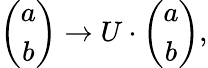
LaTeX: \left(\begin{array}{c}{{{a}}}\\ {{{b}}}\end{array}\right)\to U\cdot\left(\begin{array}{c}{{a}}\\ {{b}}\end{array}\right),